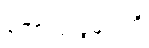
ဘောလုံးပွဲများကို